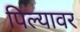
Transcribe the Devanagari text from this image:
पिल्यावर